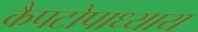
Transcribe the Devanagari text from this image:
कैपटोपाध्याय